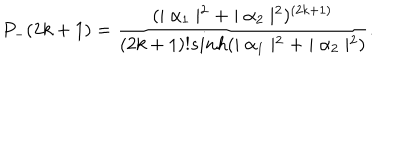
P _ { - } ( 2 k + 1 ) = \frac { ( \mid \alpha _ { 1 } \mid ^ { 2 } + \mid \alpha _ { 2 } \mid ^ { 2 } ) ^ { ( 2 k + 1 ) } } { ( 2 k + 1 ) ! s i n h ( \mid \alpha _ { 1 } \mid ^ { 2 } + \mid \alpha _ { 2 } \mid ^ { 2 } ) } .